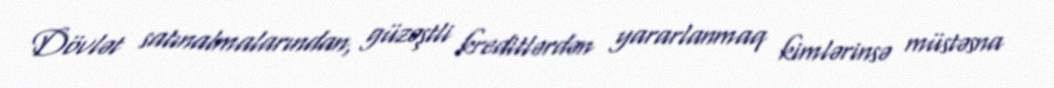
Dövlət satınalmalarından, güzəştli kreditlərdən yararlanmaq kimlərinsə müstəsna